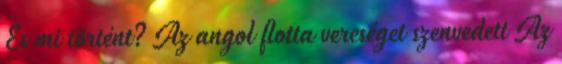
És mi történt? Az angol flotta vereséget szenvedett Az